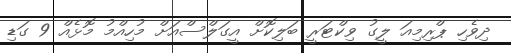
ދިވެހި ޕްރިމިއަ ލީގު ވިކްޓަރީ ބަލިކޮށް އީގަލްސްއަށް މުހިއްމު މޮޅެއް 9 ގަޑި